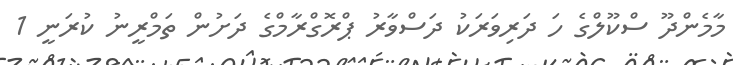
މާމެންދޫ ސްކޫލްގެ ހަ ދަރިވަރަކު ދަސްވާރު ޕްރޮގްރާމްގެ ދަށުން ތަމްރީނު ކުރަނީ 1